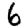
Digit: 6